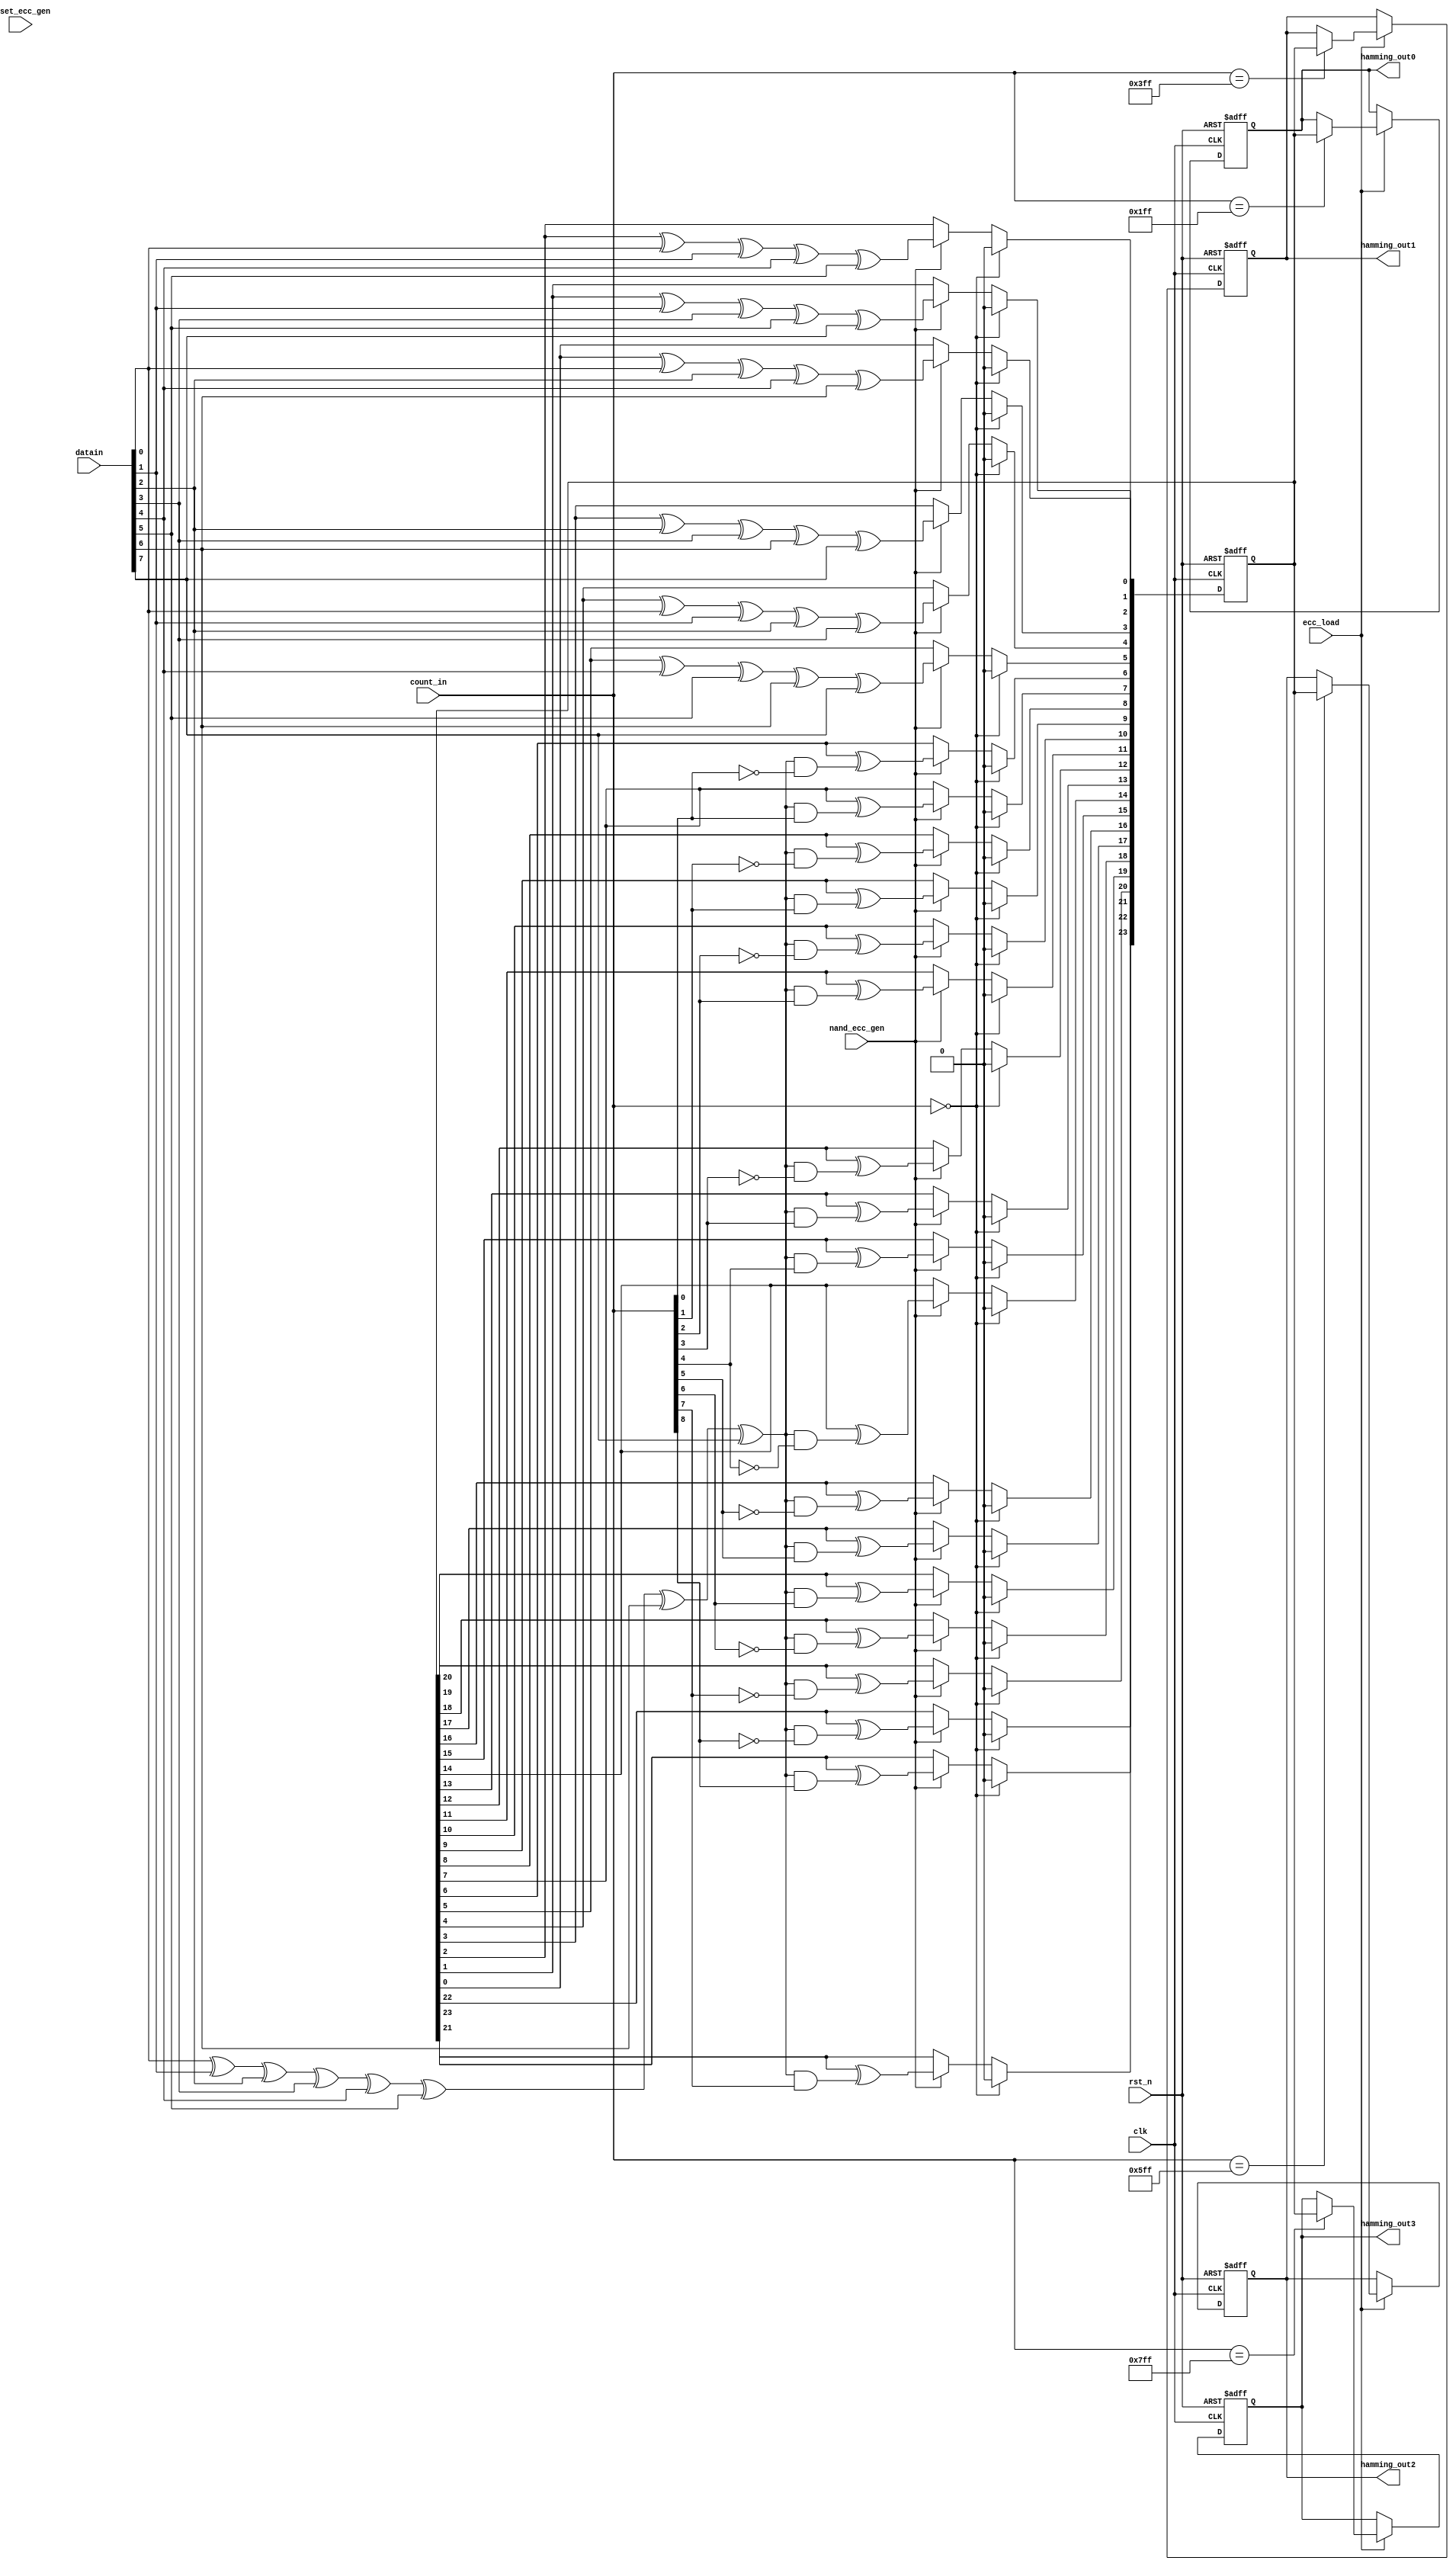
module NandEccGeneration (
              clk,
              rst_n,
              datain,
              count_in,
              hamming_out0,
              hamming_out1,
              hamming_out2,
              hamming_out3,
              nand_ecc_gen,
              reset_ecc_gen,
	          ecc_load
              );
 input            clk;   
 input            rst_n;
 input            nand_ecc_gen;
 input            reset_ecc_gen;
 input            ecc_load;
 input [7:0]      datain;
 input [10:0]     count_in;

 output[23:0]     hamming_out0;
 output[23:0]     hamming_out1;
 output[23:0]     hamming_out2;
 output[23:0]     hamming_out3;
 reg   [23:0]     hamming_out0;
 reg   [23:0]     hamming_out1;
 reg   [23:0]     hamming_out2;
 reg   [23:0]     hamming_out3;

 reg    [23:0]     hammingcode_tmp;
 wire              rowparity_tmp;

 
assign  rowparity_tmp=datain[0]^datain[1]^datain[2]^datain[3]^datain[4]^datain[5]^datain[6]^datain[7];



always @(negedge rst_n or posedge clk )
 begin 
    if (~rst_n ==1'b1)
         begin 
            hamming_out0     <= 24'b000000; 
            hamming_out1     <= 24'b000000; 
            hamming_out2     <= 24'b000000; 
            hamming_out3     <= 24'b000000; 
         end
    else if(ecc_load)
         begin
           if(count_in==511)  hamming_out0     <= hammingcode_tmp; 
            if(count_in==1023) hamming_out1     <= hammingcode_tmp; 
            if(count_in==1535) hamming_out2     <= hammingcode_tmp; 
            if(count_in==2047) hamming_out3     <= hammingcode_tmp;        
         end
  end

	 
always @(negedge rst_n or posedge clk )
 begin : ParityGEN
   if (!rst_n ==1'b1)
      begin 
        hammingcode_tmp  <= 24'h000000;
      end
   else if(count_in==0)
      begin
        hammingcode_tmp  <= 24'h000000;
      end
   else begin
     if (nand_ecc_gen == 1'b1)
       begin
         hammingcode_tmp[0]<= hammingcode_tmp[0]^datain[0]^ datain[2]^ datain[4]^ datain[6]; //p1'
         hammingcode_tmp[1]<= hammingcode_tmp[1]^datain[1]^ datain[3]^ datain[5]^ datain[7]; //p1
         hammingcode_tmp[2]<= hammingcode_tmp[2]^datain[0]^ datain[1]^ datain[4]^ datain[5]; //p2'
         hammingcode_tmp[3]<= hammingcode_tmp[3]^datain[2]^ datain[3]^ datain[6]^ datain[7]; //p2
         hammingcode_tmp[4]<= hammingcode_tmp[4]^datain[0]^ datain[1]^ datain[2]^ datain[3]; //p4'
         hammingcode_tmp[5]<= hammingcode_tmp[5]^datain[4]^ datain[5]^ datain[6]^ datain[7]; //p4
         hammingcode_tmp[6]<= hammingcode_tmp[6]^(rowparity_tmp & ~(count_in[0])) ;          //p8'
         hammingcode_tmp[7]<= hammingcode_tmp[7]^(rowparity_tmp & count_in[0]) ;             //p8
         hammingcode_tmp[8]<= hammingcode_tmp[8]^(rowparity_tmp & ~(count_in[1])) ;          //p16'
         hammingcode_tmp[9]<= hammingcode_tmp[9]^(rowparity_tmp & count_in[1]) ;             //p16
         hammingcode_tmp[10]<= hammingcode_tmp[10]^(rowparity_tmp & ~(count_in[2])) ;        //p32'
         hammingcode_tmp[11]<= hammingcode_tmp[11]^(rowparity_tmp & count_in[2]) ;           //p32
         hammingcode_tmp[12]<= hammingcode_tmp[12]^(rowparity_tmp & ~(count_in[3])) ;        //p64'
         hammingcode_tmp[13]<= hammingcode_tmp[13]^(rowparity_tmp & count_in[3]) ;           //p64
         hammingcode_tmp[14]<= hammingcode_tmp[14]^(rowparity_tmp & ~(count_in[4])) ;       //p128'
         hammingcode_tmp[15]<= hammingcode_tmp[15]^(rowparity_tmp & count_in[4]) ;          //p128
         hammingcode_tmp[16]<= hammingcode_tmp[16]^(rowparity_tmp & ~(count_in[5])) ;       //p256'
         hammingcode_tmp[17]<= hammingcode_tmp[17]^(rowparity_tmp & count_in[5]) ;          //p256
         hammingcode_tmp[18]<= hammingcode_tmp[18]^(rowparity_tmp & ~(count_in[6])) ;       //p512'
         hammingcode_tmp[19]<= hammingcode_tmp[19]^(rowparity_tmp & count_in[6]) ;          //p512
         hammingcode_tmp[20]<= hammingcode_tmp[20]^(rowparity_tmp & ~(count_in[7])) ;      //p1024'
         hammingcode_tmp[21]<= hammingcode_tmp[21]^(rowparity_tmp & count_in[7]) ;         //p1024
         hammingcode_tmp[22]<= hammingcode_tmp[22]^(rowparity_tmp & ~(count_in[8])) ;      //p2048'
         hammingcode_tmp[23]<= hammingcode_tmp[23]^(rowparity_tmp & count_in[8]) ;         //p2048
       end
    else 
       begin
         hammingcode_tmp[23:0] <= hammingcode_tmp[23:0];
       end
   end
 end
endmodule